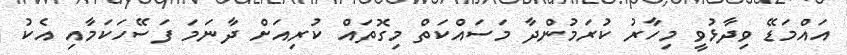
އައްމަޑޭ ވިދާޅުވީ މިހާރު ކުރަމުންދާ މަސައްކަތް މިގޮތައް ކުރިއަށް ދާނަމަ ފަސޭހަކަމާއި އެކު